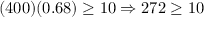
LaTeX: ( 4 0 0 ) ( 0 . 6 8 ) \geq 1 0 \Rightarrow 2 7 2 \geq 1 0